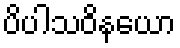
ပိပါသဝိနယော